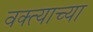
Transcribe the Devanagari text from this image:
वक्त्याच्या